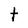
Character: t